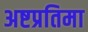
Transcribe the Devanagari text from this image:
अष्टप्रतिमा